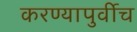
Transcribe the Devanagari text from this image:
करण्यापुर्वीच